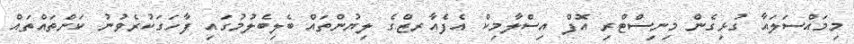
މިމައްސަލައާ ގުޅިގެން މިނިސްޓްރި އޮފް އިސްލާމިކް އެފެއާރޒްގެ ލިޔުންތައް ބެލިބެލުމުގައި ފާހަގަކުރެވުނު ކަންތައްތައް